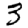
Digit: 3